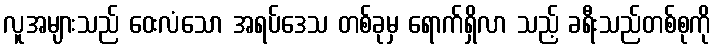
လူအများသည် ဝေးလံသော အရပ်ဒေသ တစ်ခုမှ ရောက်ရှိလာ သည့် ခရီးသည်တစ်စုကို